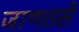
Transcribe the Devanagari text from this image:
जाणतसे